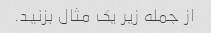
از جمله زیر یک مثال بزنید.